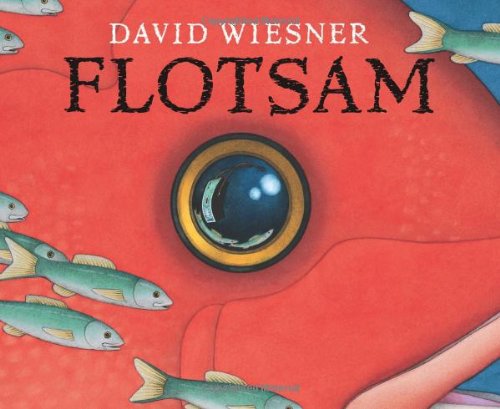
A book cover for Flotsam; David Wiesner; Children's Books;